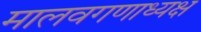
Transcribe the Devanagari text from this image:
मालवगणाध्यक्ष